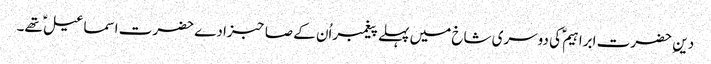
دین ِ حضرت ابراہیم ؑ کی دوسری شاخ میں پہلے پیغمبراُن کے صاحبزادے حضرت اسماعیل ؑ تھے۔